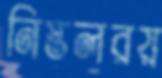
নিস্তলরয়